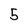
Character: 5